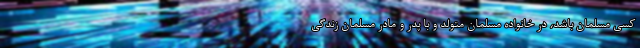
کسی مسلمان باشد، در خانواده مسلمان متولد و با پدر و مادر مسلمان زندگی